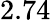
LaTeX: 2.74